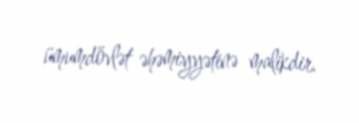
ümumdövlət əhəmiyyətinə malikdir.